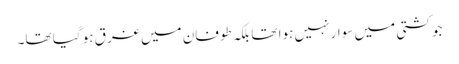
جو کشتی میں سوار نہیں ہوا تھا بلکہ طوفان میں غرق ہو گیا تھا۔